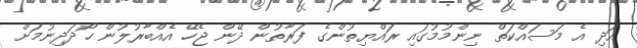
އަދި އެ މަސައްކަތް ނިންމުމުގައި ރައްޔިތުންގެ ފަރާތުން ދޭން ޖެހޭ އެއްބާރުލުން ހޯދަދިނުމަށް